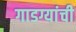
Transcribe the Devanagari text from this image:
गाडग्यांची